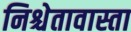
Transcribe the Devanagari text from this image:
निश्चेतावास्ता